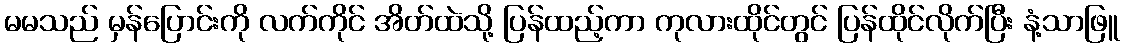
မမသည် မှန်ပြောင်းကို လက်ကိုင် အိတ်ထဲသို့ ပြန်ထည့်ကာ ကုလားထိုင်တွင် ပြန်ထိုင်လိုက်ပြီး နံ့သာဖြူ